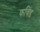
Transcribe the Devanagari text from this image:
कविंड